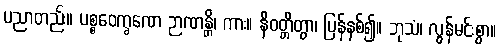
ပညာတည်း။ ပစ္စဝေက္ခဏေ ဉာဏန္တိ၊ ကား။ နိဝတ္တိတွာ၊ ပြန်နစ်၍။ ဘုသံ၊ လွန်မင်းစွာ။